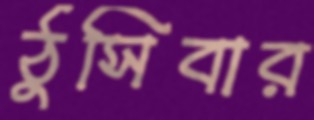
ঠুসিবার